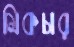
মিকচার